Annual report of the Bengal Veterinary College and of the Civil Veterinary Department, Bengal, for the year 1915-16 - 1915-1916
Year: 1915
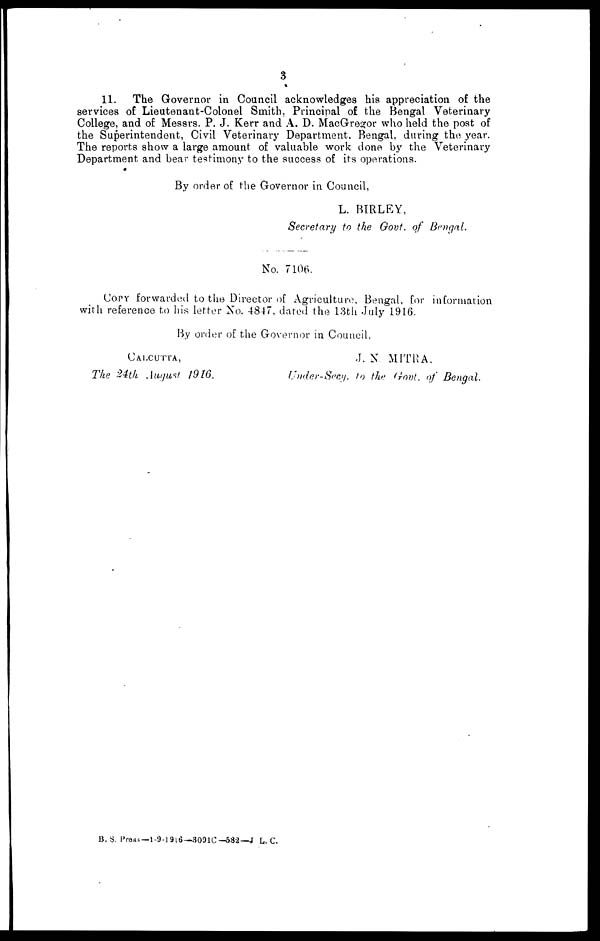
3
11. The Governor in Council acknowledges his appreciation of the
services of Lieutenant-Colonel Smith, Principal of the Bengal Veterinary
College, and of Messrs. P. J. Kerr and A. D. MacGregor who held the post of
the Superintendent, Civil Veterinary Department. Bengal, during the year.
The reports show a large amount of valuable work done by the Veterinary
Department and bear testimony to the success of its operations.
By order of the Governor in Council,
L. BIRLEY.
Secretary to the Govt. of Bengal.
No. 7106.
COPY forwarded to the Director of Agriculture, Bengal, for information
with reference to his letter No. 4847, dated the 13th July 1916.
By order of the Governor in Council,
CALCUTTA,
The 24th August 1916.
J. N. MITRA.
Under-Secy. to the Govt. of Bengal.
B. S. Press—1-9-1916-3091C—582—I L. C.